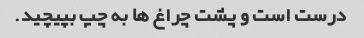
درست است و پشت چراغ ها به چپ بپیچید.